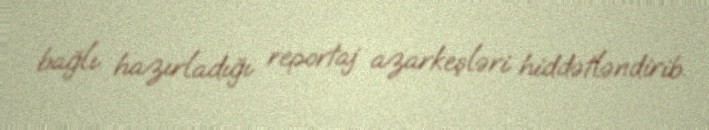
bağlı hazırladığı reportaj azarkeşləri hiddətləndirib.